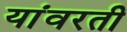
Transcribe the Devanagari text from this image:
यांवरती